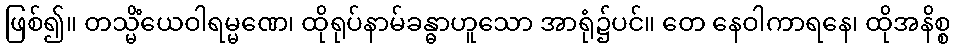
ဖြစ်၍။ တသ္မိံယေဝါရမ္မဏေ၊ ထိုရုပ်နာမ်ခန္ဓာဟူသော အာရုံ၌ပင်။ တေ နေဝါကာရနေ၊ ထိုအနိစ္စ